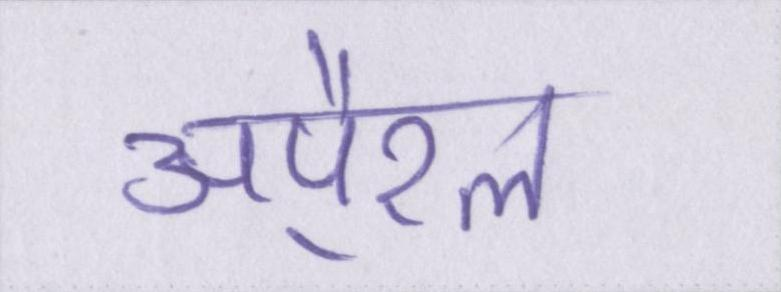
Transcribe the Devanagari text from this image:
अपै्रल